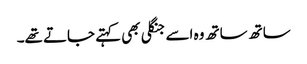
ساتھ ساتھ وہ اسے جنگلی بھی کہتے جاتے تھے۔